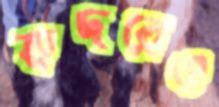
কদরেও